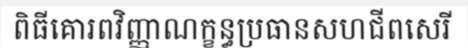
ពិធីគោរពវិញ្ញាណក្ខន្ធប្រធានសហជីពសេរី